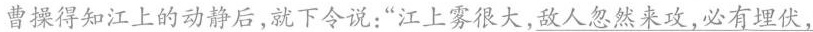
曹操得知江上的动静后，就下令说：”江上雾很大，敌人忽然来攻，必有埋伏，